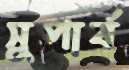
সুপার্ব